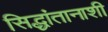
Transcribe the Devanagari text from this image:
सिद्धांतानाशी